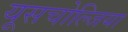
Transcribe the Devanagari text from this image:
यूसचोल्जिया